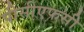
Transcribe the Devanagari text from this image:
पीसीएफसी